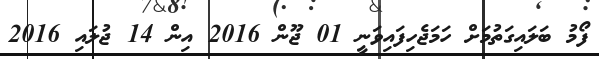
ފޯމު ބަލައިގަތުމަށް ހަމަޖެހިފައިވަނީ 01 ޖޫން 2016 އިން 14 ޖުލައި 2016